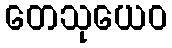
တေသုယေဝ